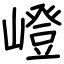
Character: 嶝